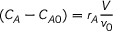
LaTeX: ( C _ { A } - C _ { A 0 } ) = r _ { A } { \frac { V } { v _ { 0 } } }